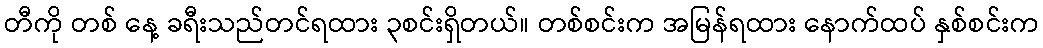
တီကို တစ် နေ့ ခရီးသည်တင်ရထား ၃စင်းရှိတယ်။ တစ်စင်းက အမြန်ရထား နောက်ထပ် နှစ်စင်းက